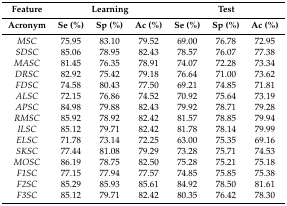
| Feature | <COLSPAN=3> Learning | <COLSPAN=3> Test |
 | --- | --- | --- | --- | --- | --- | --- |
 | Acronym | Se (%) | Sp (%) | Ac (%) | Se (%) | Sp (%) | Ac (%) |
 | MSC | 75.95 | 83.10 | 79.52 | 69.00 | 76.78 | 72.95 |
 | SDSC | 85.06 | 78.95 | 82.43 | 78.57 | 76.07 | 77.38 |
 | MASC | 81.45 | 76.35 | 78.91 | 74.07 | 72.28 | 73.34 |
 | DRSC | 82.92 | 75.42 | 79.18 | 76.64 | 71.00 | 73.62 |
 | FDSC | 74.58 | 80.43 | 77.50 | 69.21 | 74.85 | 71.81 |
 | ALSC | 72.15 | 76.86 | 74.52 | 70.92 | 75.64 | 73.19 |
 | APSC | 84.98 | 79.88 | 82.43 | 79.92 | 78.71 | 79.28 |
 | RMSC | 85.92 | 78.92 | 82.42 | 81.57 | 78.85 | 79.94 |
 | ILSC | 85.12 | 79.71 | 82.42 | 81.78 | 78.14 | 79.99 |
 | ELSC | 71.78 | 73.14 | 72.25 | 63.00 | 75.35 | 69.16 |
 | SKSC | 77.44 | 81.08 | 79.29 | 73.28 | 75.71 | 74.53 |
 | MOSC | 86.19 | 78.75 | 82.50 | 75.28 | 75.21 | 75.18 |
 | F1SC | 77.15 | 77.94 | 77.57 | 74.85 | 75.85 | 75.38 |
 | F2SC | 85.29 | 85.93 | 85.61 | 84.92 | 78.50 | 81.61 |
 | F3SC | 85.12 | 79.71 | 82.42 | 80.35 | 76.42 | 78.30 |